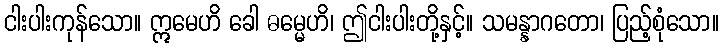
ငါးပါးကုန်သော။ ဣမေဟိ ခေါ ဓမ္မေဟိ၊ ဤငါးပါးတို့နှင့်။ သမန္နာဂတော၊ ပြည့်စုံသော။